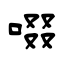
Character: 啜